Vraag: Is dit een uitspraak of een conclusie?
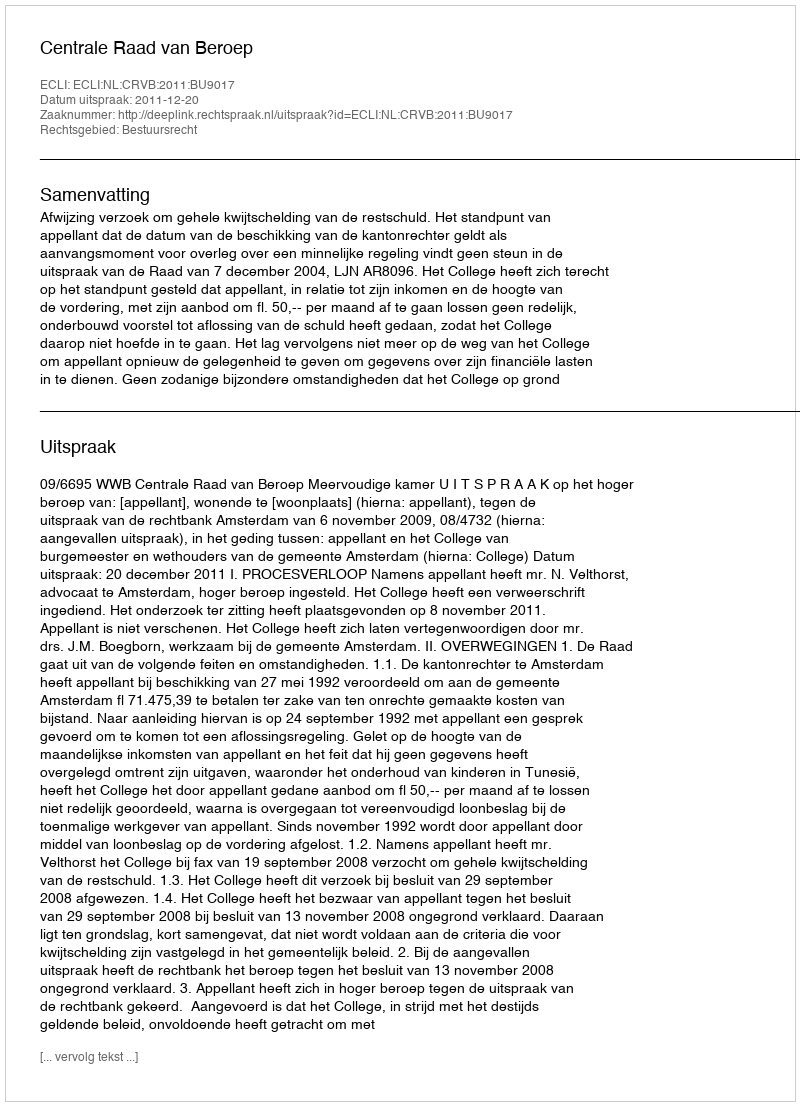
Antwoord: Uitspraak